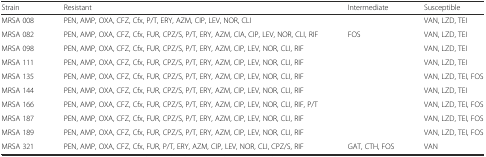
<table><thead><tr><td><b>Strain</b></td><td><b>Resistant</b></td><td><b>Intermediate</b></td><td><b>Susceptible</b></td></tr></thead><tbody><tr><td>MRSA 008</td><td>PEN, AMP, OXA, CFZ, Cfx, P/T, ERY, AZM, CIP, LEV, NOR, CLI</td><td></td><td>VAN, LZD, TEI</td></tr><tr><td>MRSA 082</td><td>PEN, AMP, OXA, CFZ, Cfx, FUR, CPZ/S, P/T, ERY, AZM, ClA, CIP, LEV, NOR, CLI, RIF</td><td>FOS</td><td>VAN, LZD, TEI</td></tr><tr><td>MRSA 098</td><td>PEN, AMP, OXA, CFZ, Cfx, FUR, CPZ/S, P/T, ERY, AZM, CIP, LEV, NOR, CLI, RIF</td><td></td><td>VAN, LZD, TEI</td></tr><tr><td>MRSA 111</td><td>PEN, AMP, OXA, CFZ, Cfx, FUR, CPZ/S, P/T, ERY, AZM, CIP, LEV, NOR, CLI, RIF</td><td></td><td>VAN, LZD, TEI</td></tr><tr><td>MRSA 135</td><td>PEN, AMP, OXA, CFZ, Cfx, FUR, CPZ/S, P/T, ERY, AZM, CIP, LEV, NOR, CLI, RIF</td><td></td><td>VAN, LZD, TEI, FOS</td></tr><tr><td>MRSA 144</td><td>PEN, AMP, OXA, CFZ, Cfx, FUR, CPZ/S, P/T, ERY, AZM, CIP, LEV, NOR, CLI, RIF</td><td></td><td>VAN, LZD, TEI</td></tr><tr><td>MRSA 166</td><td>PEN, AMP, OXA, CFZ, Cfx, FUR, CPZ/S, P/T, ERY, AZM, CIP, LEV, NOR, CLI, RIF, P/T</td><td></td><td>VAN, LZD, TEI, FOS</td></tr><tr><td>MRSA 187</td><td>PEN, AMP, OXA, CFZ, Cfx, FUR, CPZ/S, P/T, ERY, AZM, CIP, LEV, NOR, CLI, RIF</td><td></td><td>VAN, LZD, TEI, FOS</td></tr><tr><td>MRSA 189</td><td>PEN, AMP, OXA, CFZ, Cfx, FUR, CPZ/S, P/T, ERY, AZM, CIP, LEV, NOR, CLI, RIF</td><td></td><td>VAN, LZD, TEI, FOS</td></tr><tr><td>MRSA 321</td><td>PEN, AMP, OXA, CFZ, Cfx, FUR, P/T, ERY, AZM, CIP, LEV, NOR, CLI, CPZ/S, RIF</td><td>GAT, CTH, FOS</td><td>VAN</td></tr></tbody></table>